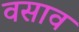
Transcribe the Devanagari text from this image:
वसाव